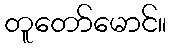
တူတော်မောင်။